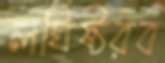
লঘিষ্ঠরব